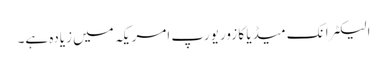
الیکٹرانک میڈیا کا زور یورپ امریکہ میں زیادہ ہے۔